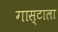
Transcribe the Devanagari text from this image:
गास्टाला